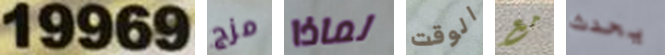
19969 مزج لماذا الوقت مع يحدث